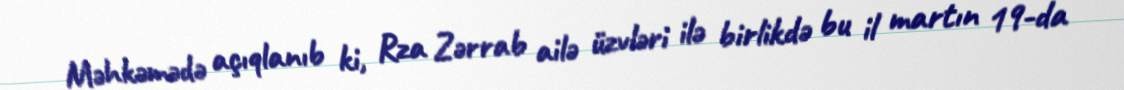
Məhkəmədə açıqlanıb ki, Rza Zərrab ailə üzvləri ilə birlikdə bu il martın 19-da